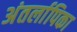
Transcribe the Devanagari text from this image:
अंतर्लापिका